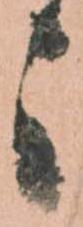
々